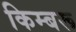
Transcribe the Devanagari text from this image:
किम्बरू